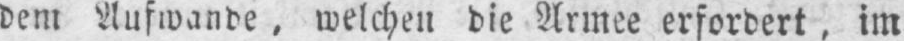
dem Aufwande, welchen die Armee erfordert, im